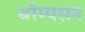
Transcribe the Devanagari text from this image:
थॉम्‍पसन